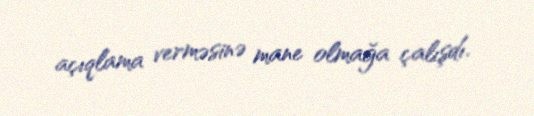
açıqlama verməsinə mane olmağa çalışdı.